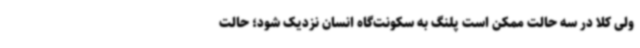
ولی کلا در سه حالت ممکن است پلنگ به سکونت‌گاه انسان نزدیک شود؛ حالت